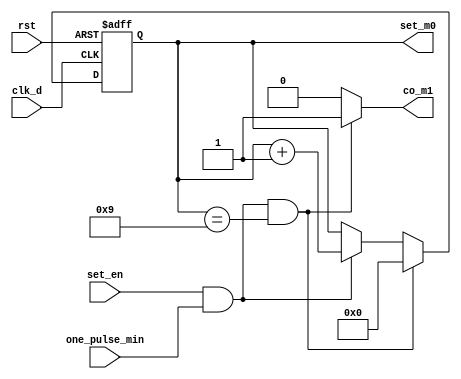
`timescale 1ns / 1ps
//////////////////////////////////////////////////////////////////////////////////
// Company: 
// Engineer: 
// 
// Design Name: 
// Module Name: setting_m0
// Project Name: 
// Target Devices: 
// Tool Versions: 
// Description: 
// 
// Dependencies: 
// 
// Revision:
// Revision 0.01 - File Created
// Additional Comments:
// 
//////////////////////////////////////////////////////////////////////////////////


module setting_m0(
    input clk_d,
    input rst,
    input set_en,
    input one_pulse_min,
    
    output reg [3:0] set_m0,
    output reg co_m1
    );
    reg [3:0] set_tmp;
    
    always@( posedge clk_d or posedge rst )
        if(rst)
            set_m0 <= 4'd0;
        else
            set_m0 <= set_tmp;
            
    always@*
        if( set_en && one_pulse_min && set_m0==4'd9)
        begin //09->10
            set_tmp = 4'd0;
            co_m1 = 1'b1;
        end
        else if( set_en && one_pulse_min )
        begin //08->09
           set_tmp = set_m0 + 1'b1;
           co_m1 = 1'b0;
        end
        else
        begin
            set_tmp = set_m0;
            co_m1 = 1'b0;
        end
           
    
endmodule